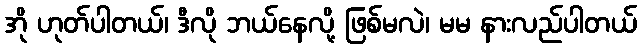
အို ဟုတ်ပါတယ်၊ ဒီလို ဘယ်နေလို့ ဖြစ်မလဲ၊ မမ နားလည်ပါတယ်